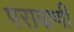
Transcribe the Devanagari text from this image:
परावाणी